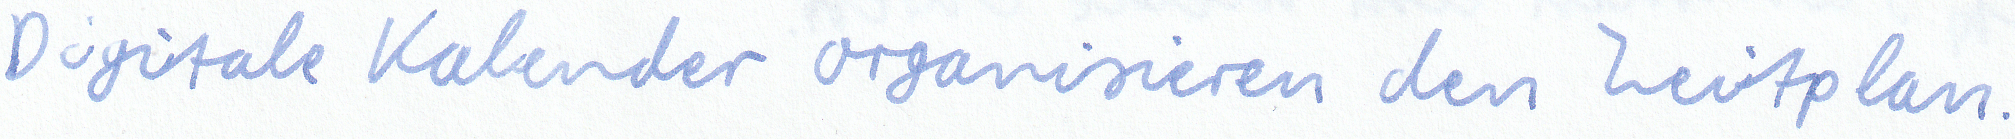
Digitale Kalender organisieren den Zeitplan.